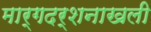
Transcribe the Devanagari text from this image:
मार्गदर्शनाखली